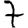
Digit: 7